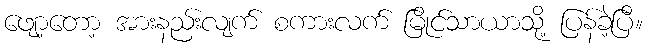
ဖျော့တော့ အားနည်းလျက် စကားလက် မြိုင်သာယာသို့ ပြန်ခဲ့ပြီ။